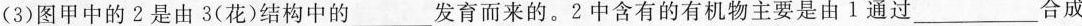
(3)图甲中的2是由3(花)结构中的___发育而来的。2中含有的有机物主要是由1通过___合成